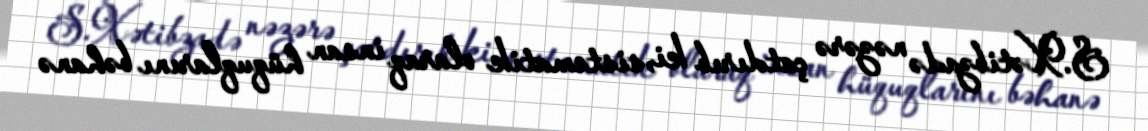
S.Xətibzadə nəzərə çatdırıb ki, sistematik olaraq insan hüquqlarını bəhanə